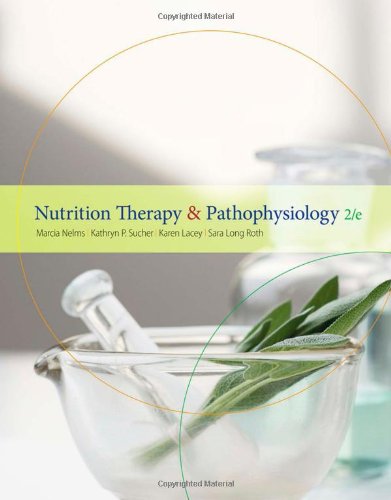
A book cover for Nutrition Therapy and Pathophysiology (Available Titles Diet Analysis Plus); Marcia Nelms; Medical Books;